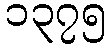
၁၃၇၅